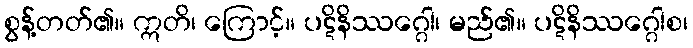
စွန့်တတ်၏။ ဣတိ၊ ကြောင့်။ ပဋိနိဿဂ္ဂေါ၊ မည်၏။ ပဋိနိဿဂ္ဂေါစ၊